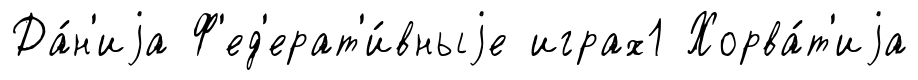
Да́н'иjа Ф'ед'ерат'и́вныjе играх1 Хорва́т'иjа